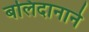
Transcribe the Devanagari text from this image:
बलिदानाने